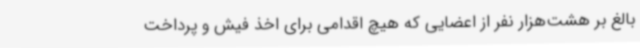
بالغ بر هشت‌هزار نفر از اعضایی که هیچ اقدامی برای اخذ فیش و پرداخت